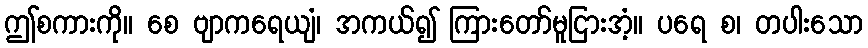
ဤစကားကို။ စေ ဗျာကရေယျံ၊ အကယ်၍ ကြားတော်မူငြားအံ့။ ပရေ စ၊ တပါးသော